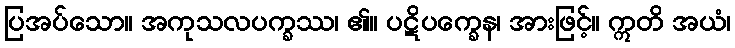
ပြအပ်သော။ အကုသလပက္ခဿ၊ ၏။ ပဋိပက္ခေန၊ အားဖြင့်။ ဣတိ အယံ၊